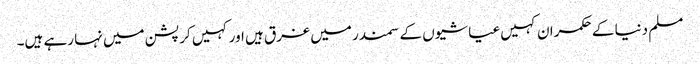
مسلم دنیا کے حکمران کہیں عیاشیوں کے سمندر میں غرق ہیں اور کہیں کرپشن میں نہا رہے ہیں۔